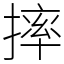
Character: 摔